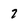
Character: 7